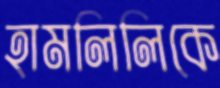
হামলিলিকে